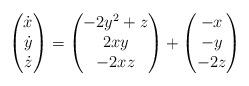
LaTeX: \begin{align*}\begin{pmatrix}\dot{x}\\\dot{y}\\\dot{z}\end{pmatrix}=\begin{pmatrix}-2y^{2}+z\\2xy\\-2xz\end{pmatrix}+\begin{pmatrix}-x\\-y\\-2z\end{pmatrix}\end{align*}